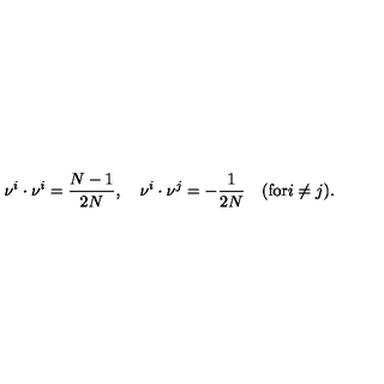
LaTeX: \nu ^ { i } \cdot \nu ^ { i } = { \frac { N - 1 } { 2 N } } , \quad \nu ^ { i } \cdot \nu ^ { j } = - { \frac { 1 } { 2 N } } \quad ( \mathrm { f o r } i \not = j ) .